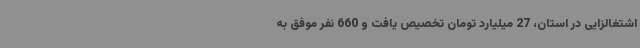
اشتغالزایی در استان، 27 میلیارد تومان تخصیص یافت و 660 نفر موفق به